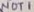
Text: NOT1